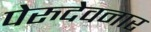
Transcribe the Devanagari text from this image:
पेरुदेवनार